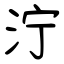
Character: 泞